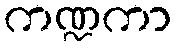
ကဏ္ဍကာ